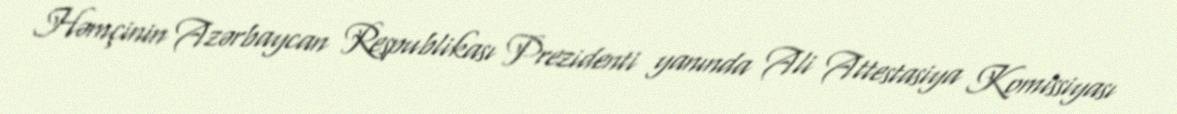
Həmçinin Azərbaycan Respublikası Prezidenti yanında Ali Attestasiya Komissiyası